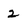
Character: 2